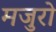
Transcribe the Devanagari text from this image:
मजुरो